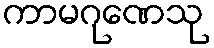
ကာမဂုဏေသု